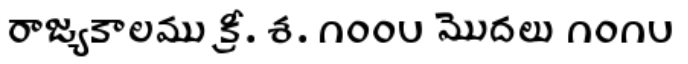
రాజ్యకాలము క్రీ. శ. ౧౦౦౮ మొదలు ౧౦౧౮